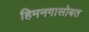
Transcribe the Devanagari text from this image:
हिमनगासोबत